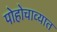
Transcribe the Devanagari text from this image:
पोहोचाव्यात